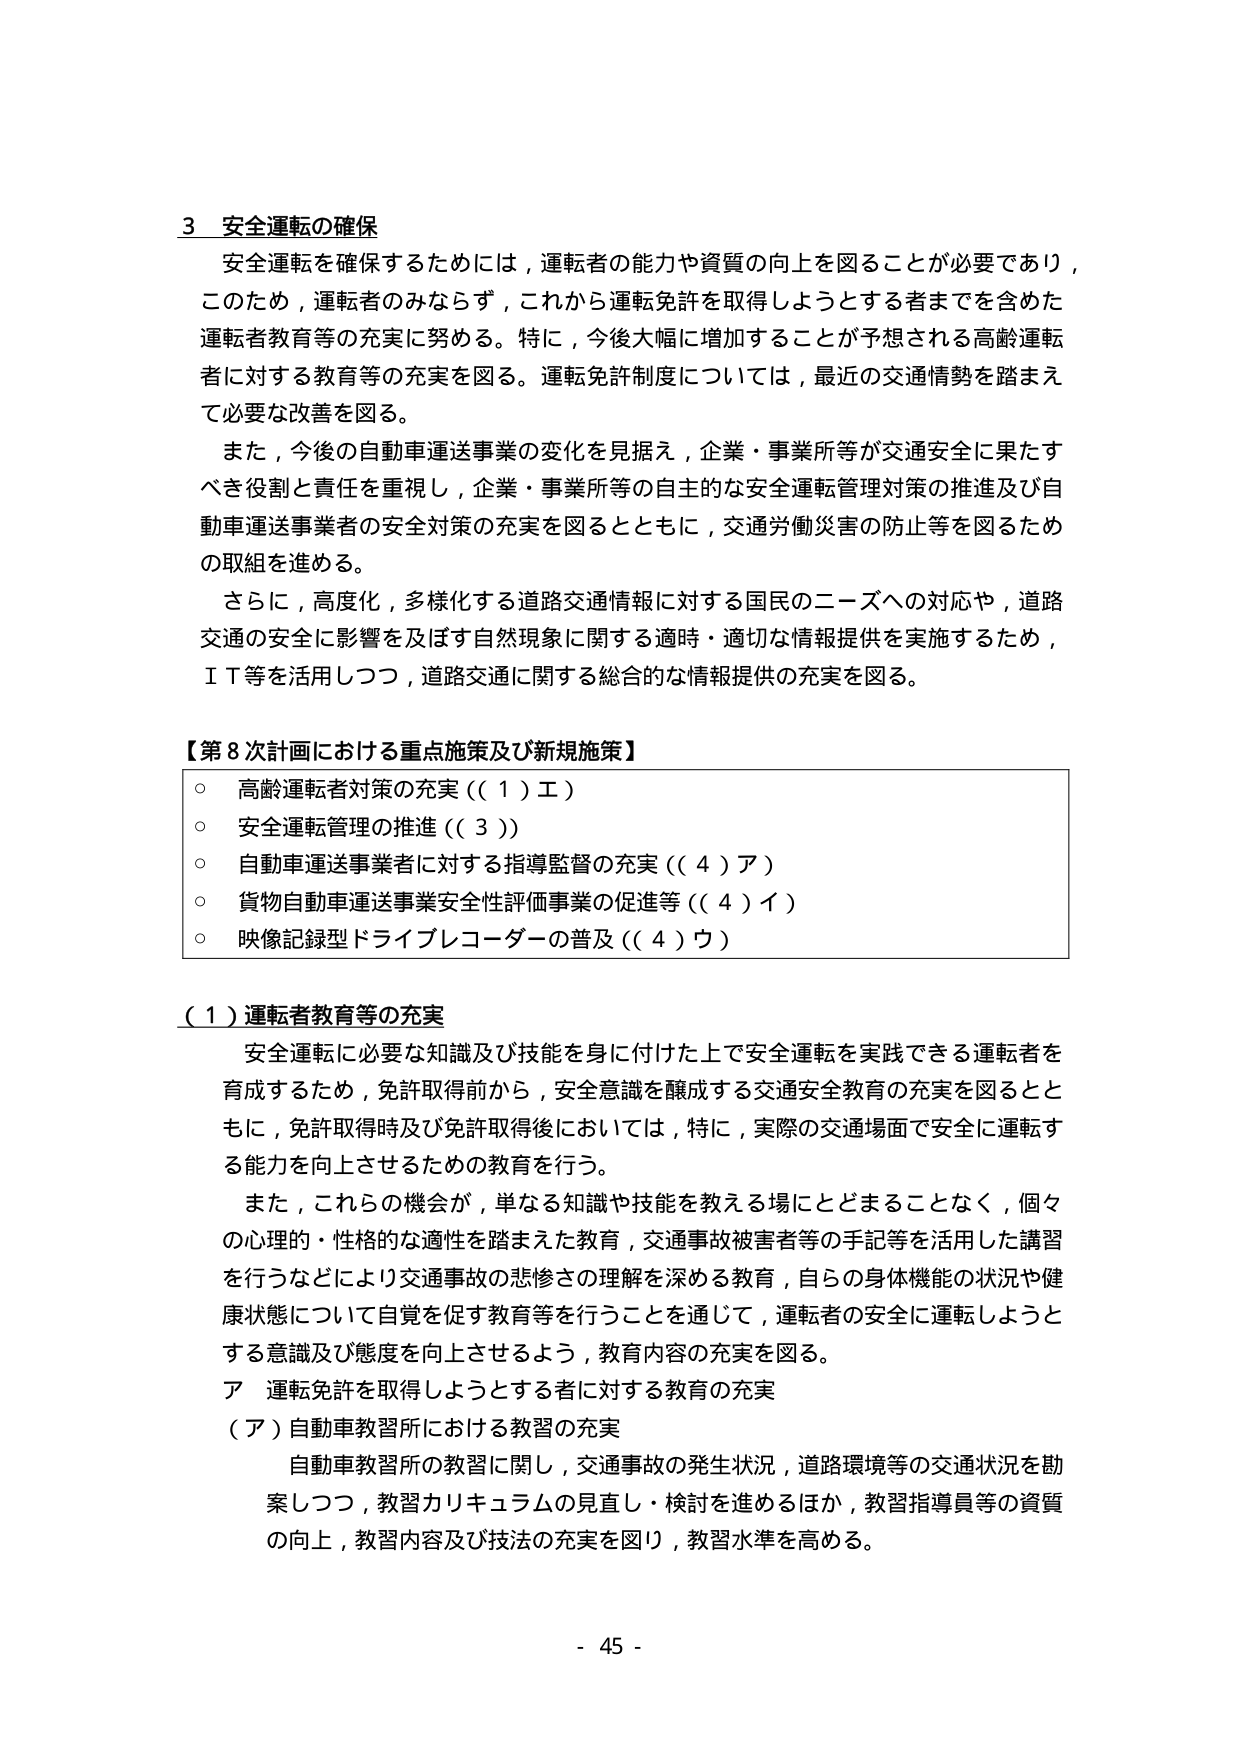
3 安全運転の確保
安全運転を確保するためには，運転者の能力や資質の向上を図ることが必要であり，
このため，運転者のみならず，これから運転免許を取得しようとする者までを含めた
運転者教育等の充実に努める。特に，今後大幅に増加することが予想される高齢運転
者に対する教育等の充実を図る。運転免許制度については，最近の交通情勢を踏まえ
て必要な改善を図る。
また，今後の自動車運送事業の変化を見据え，企業・事業所等が交通安全に果たす
べき役割と責任を重視し，企業・事業所等の自主的な安全運転管理対策の推進及び自
動車運送事業者の安全対策の充実を図るとともに，交通労働災害の防止等を図るため
の取組を進める。
さらに，高度化，多様化する道路交通情報に対する国民のニーズへの対応や，道路
交通の安全に影響を及ぼす自然現象に関する適時・適切な情報提供を実施するため，
ＩＴ等を活用しつつ，道路交通に関する総合的な情報提供の充実を図る。

【第8次計画における重点施策及び新規施策】
○ 高齢運転者対策の充実（（1）エ）
○ 安全運転管理の推進（（3））
○ 自動車運送事業者に対する指導監督の充実（（4）ア）
○ 貨物自動車運送事業安全性評価事業の促進等（（4）イ）
○ 映像記録型ドライブレコーダーの普及（（4）ウ）

（1）運転者教育等の充実
安全運転に必要な知識及び技能を身に付けた上で安全運転を実践できる運転者を
育成するため，免許取得前から，安全意識を醸成する交通安全教育の充実を図るとと
もに，免許取得時及び免許取得後においては，特に，実際の交通場面で安全に運転す
る能力を向上させるための教育を行う。
また，これらの機会が，単なる知識や技能を教える場にとどまることなく，個々
の心理的・性格的な適性を踏まえた教育，交通事故被害者等の手記等を活用した講習
を行うなどにより交通事故の悲惨さの理解を深める教育，自らの身体機能の状況や健
康状態について自覚を促す教育等を行うことを通じて，運転者の安全に運転しようと
する意識及び態度を向上させるよう，教育内容の充実を図る。
ア 運転免許を取得しようとする者に対する教育の充実
（ア）自動車教習所における教習の充実
自動車教習所の教習に関し，交通事故の発生状況，道路環境等の交通状況を勘
案しつつ，教習カリキュラムの見直し・検討を進めるほか，教習指導員等の資質
の向上，教習内容及び技法の充実を図り，教習水準を高める。

- 45 -